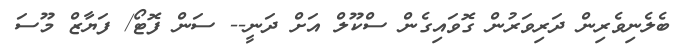
ބެލެނިވެރިން ދަރިވަރުން ގޮވައިގެން ސްކޫލް އަށް ދަނީ-- ސަން ފޮޓޯ/ ފަޔާޒް މޫސަ